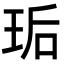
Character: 㻈